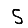
Digit: 5